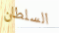
السلطان